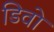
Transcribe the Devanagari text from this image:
डिवो